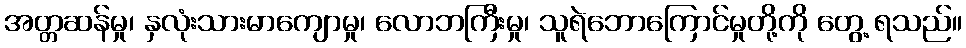
အတ္တဆန်မှု၊ နှလုံးသားမာကျောမှု၊ လောဘကြီးမှု၊ သူရဲဘောကြောင်မှုတို့ကို တွေ့ ရသည်။